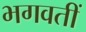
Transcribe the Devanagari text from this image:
भगवतीं